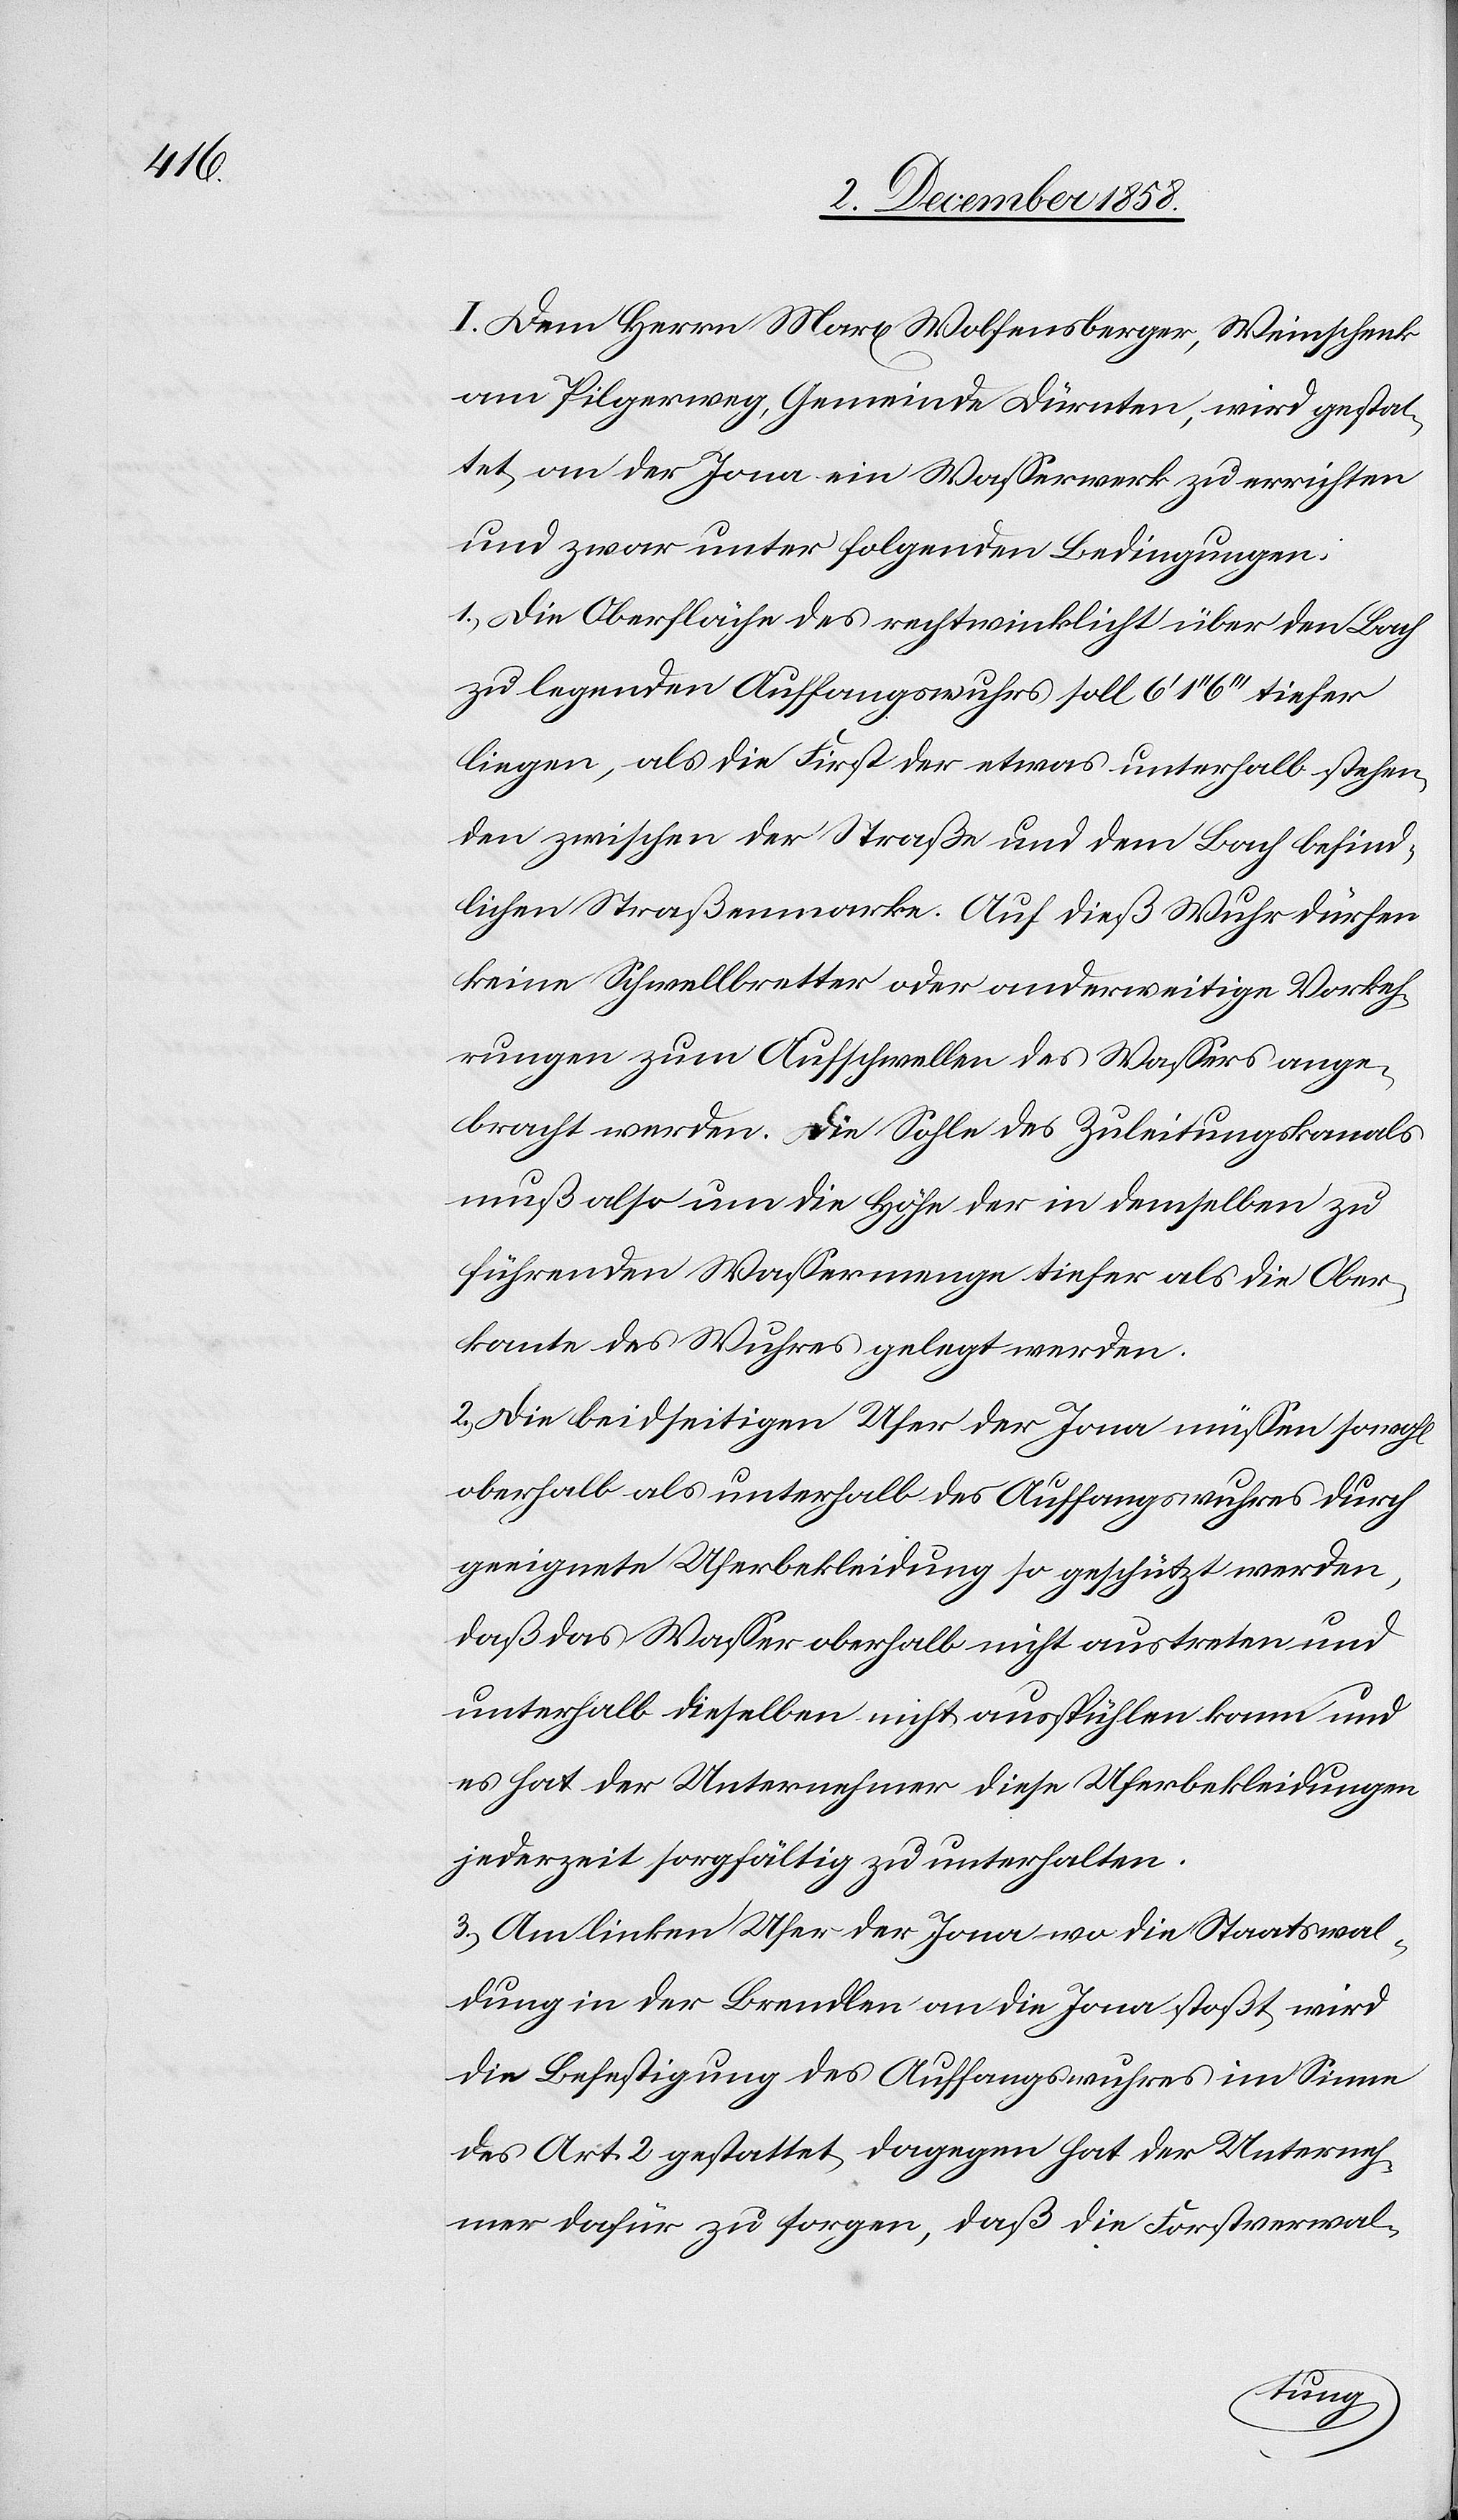
I. Dem Herrn Marx Wolfensberger, Weinschenk
am Pilgerweg, Gemeinde Dürnten, wird gestat¬
tet, an der Jona ein Wasserwerk zu errichten
und zwar unter folgenden Bedingungen:
1.) Die Oberfläche des rechtwinklicht über den Bach
zu legenden Auffangswuhrs soll 6‘ 1‘‘ 6‘‘‘ tiefer
liegen, als die First der etwas unterhalb stehen¬
den zwischen der Straße und dem Bach befind¬
lichen Straßenmarke. Auf dieß Wuhr dürfen
keine Schwellbretter oder anderweitige Vorkeh¬
rungen zum Aufschwellen des Wassers ange¬
bracht werden. Die Sohle des Zuleitungskanals
muß also um die Höhe der in demselben zu
führenden Wassermenge tiefer als die Ober¬
kante des Wuhres gelegt werden.
2.) Die beidseitigen Ufer der Jona müssen sowohl
oberhalb als unterhalb des Auffangswuhres durch
geeignete Uferbekleidung so geschützt werden,
daß das Wasser oberhalb nicht austreten und
unterhalb dieselben nicht ausspühlen kann und
es hat der Unternehmer diese Uferbekleidungen
jederzeit sorgfältig zu unterhalten.
3.) Am linken Ufer der Jona wo die Staatswal¬
dung in der Brendlen an die Jona stoßt, wird
die Befestigung des Auffangswuhres im Sinne
des Art. 2 gestattet, dagegen hat der Unterneh¬
mer dafür zu sorgen, daß die Forstverwal-